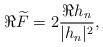
LaTeX: \begin{align*}\Re \widetilde F=2\frac{\Re h_n}{|h_n|^2},\end{align*}